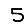
Digit: 5